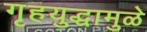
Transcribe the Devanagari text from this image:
गृहयुद्धामुळे